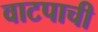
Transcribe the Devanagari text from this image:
वाटपाची